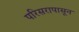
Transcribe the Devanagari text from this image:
परिसरापासून